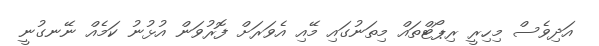
އަދިވެސް މިހިރީ ރިޕޯޓްތައް މިތަނުގައި މޭއި އެވަރަށް ފޮރުވަން އުޅުނު ކަމެއް ނޭނގުނީ